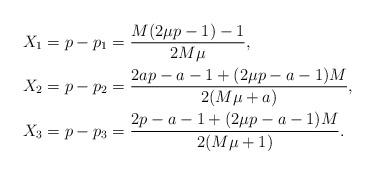
LaTeX: \begin{align*}X_1&=p-p_1=\frac{M(2\mu p-1)-1}{2M \mu},\\X_2&=p-p_2=\frac{2ap-a-1+(2\mu p-a-1)M}{2(M\mu+a)},\\X_3&=p-p_3=\frac{2p-a-1+ (2\mu p-a-1)M }{2(M\mu+1)}.\end{align*}